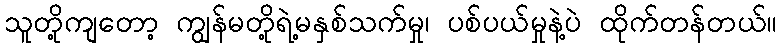
သူတို့ကျတော့ ကျွန်မတို့ရဲ့မနှစ်သက်မှု၊ ပစ်ပယ်မှုနဲ့ပဲ ထိုက်တန်တယ်။